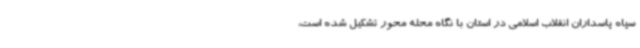
سپاه پاسداران انقلاب اسلامی در استان با نگاه محله محور تشکیل شده است،